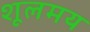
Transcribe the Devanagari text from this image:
शूलमय